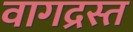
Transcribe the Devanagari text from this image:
वागद्रस्त